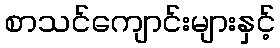
စာသင်ကျောင်းများနှင့်